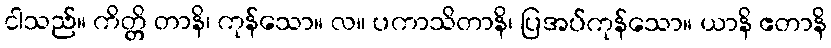
ငါသည်။ ကိတ္တိ တာနိ၊ ကုန်သော။ လ။ ပကာသိတာနိ၊ ပြအပ်ကုန်သော။ ယာနိ ဧတာနိ